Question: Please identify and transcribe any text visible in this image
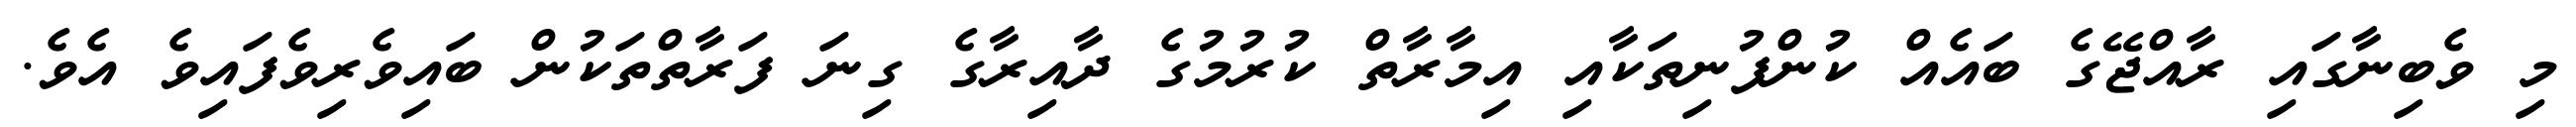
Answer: މި ވެބިނާގައި ރާއްޖޭގެ ބައެއް ކުންފުނިތަކާއި އިމާރާތް ކުރުމުގެ ދާއިރާގެ ގިނަ ފަރާތްތަކުން ބައިވެރިވެފައިވެ އެވެ.